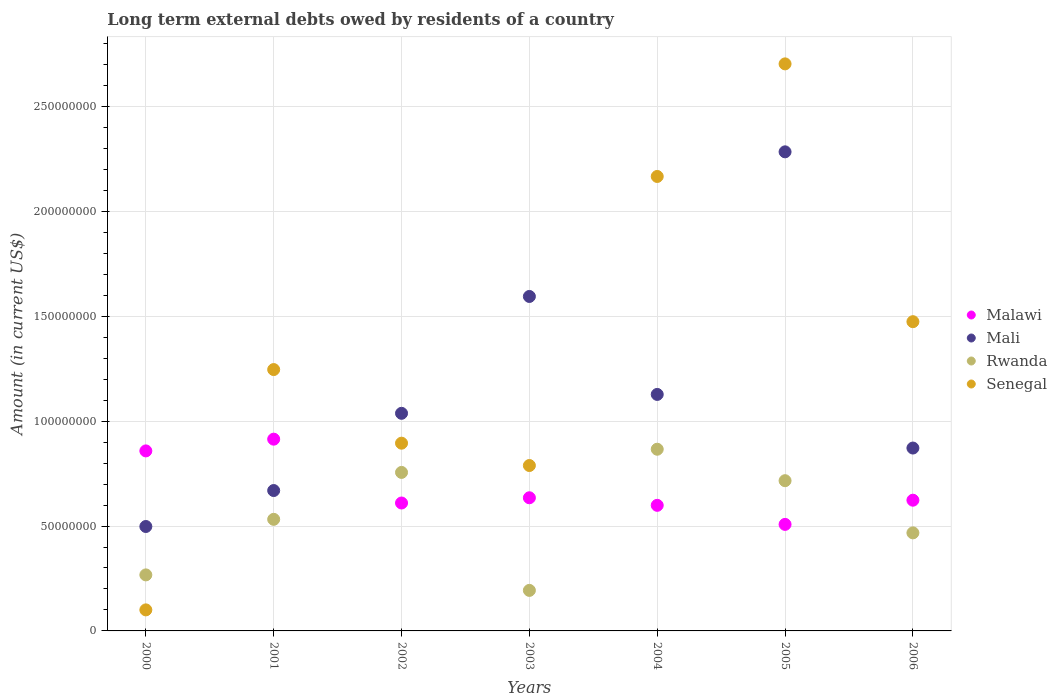
| Years | Malawi | Mali | Rwanda | Senegal |
 | --- | --- | --- | --- | --- |
 | 2000 | 8.58e+07 | 4.98e+07 | 2.67e+07 | 1e+07 |
 | 2001 | 9.14e+07 | 6.69e+07 | 5.32e+07 | 1.25e+08 |
 | 2002 | 6.1e+07 | 1.04e+08 | 7.56e+07 | 8.95e+07 |
 | 2003 | 6.35e+07 | 1.59e+08 | 1.93e+07 | 7.88e+07 |
 | 2004 | 5.99e+07 | 1.13e+08 | 8.66e+07 | 2.17e+08 |
 | 2005 | 5.08e+07 | 2.28e+08 | 7.16e+07 | 2.7e+08 |
 | 2006 | 6.23e+07 | 8.72e+07 | 4.67e+07 | 1.47e+08 |